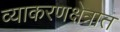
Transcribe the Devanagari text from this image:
व्याकरणक्षेत्रात